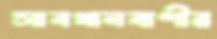
সাবধানবাণীর